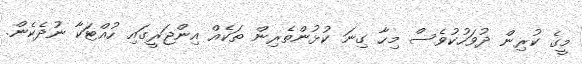
މީގެ ކުރިން ދުވަހުކުވެސް މިހާ ގިނަ ކުޅުންތެރިން ތަކެއް އިންޖަރީގައި ހުއްޓަކާ ނުދެކެން.